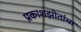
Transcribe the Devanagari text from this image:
प्रकाशझोतांचा